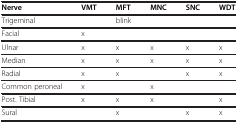
<table><thead><tr><td><b>Nerve</b></td><td><b>VMT</b></td><td><b>MFT</b></td><td><b>MNC</b></td><td><b>SNC</b></td><td><b>WDT</b></td></tr></thead><tbody><tr><td>Trigeminal</td><td> </td><td>blink</td><td> </td><td> </td><td> </td></tr><tr><td>Facial</td><td>x</td><td> </td><td> </td><td> </td><td> </td></tr><tr><td>Ulnar</td><td>x</td><td>x</td><td>x</td><td>x</td><td>x</td></tr><tr><td>Median</td><td>x</td><td>x</td><td>x</td><td>x</td><td>x</td></tr><tr><td>Radial</td><td>x</td><td>x</td><td> </td><td>x</td><td>x</td></tr><tr><td>Common peroneal</td><td>x</td><td> </td><td>x</td><td> </td><td> </td></tr><tr><td>Post. Tibial</td><td>x</td><td>x</td><td>x</td><td> </td><td>x</td></tr><tr><td>Sural</td><td> </td><td>x</td><td> </td><td>x</td><td>x</td></tr></tbody></table>